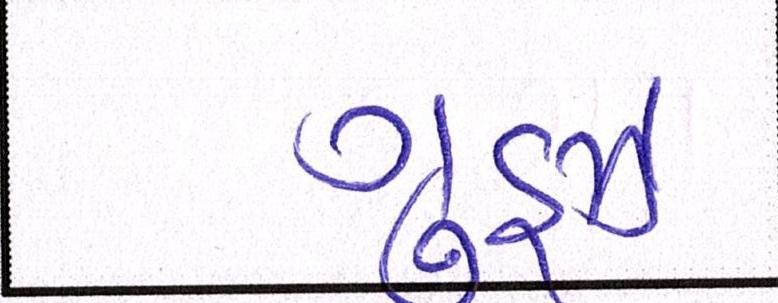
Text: ગૂડ્ઝ